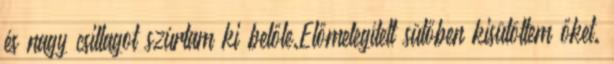
és nagy csillagot szúrtam ki belőle.Előmelegített sütőben kisütöttem őket.